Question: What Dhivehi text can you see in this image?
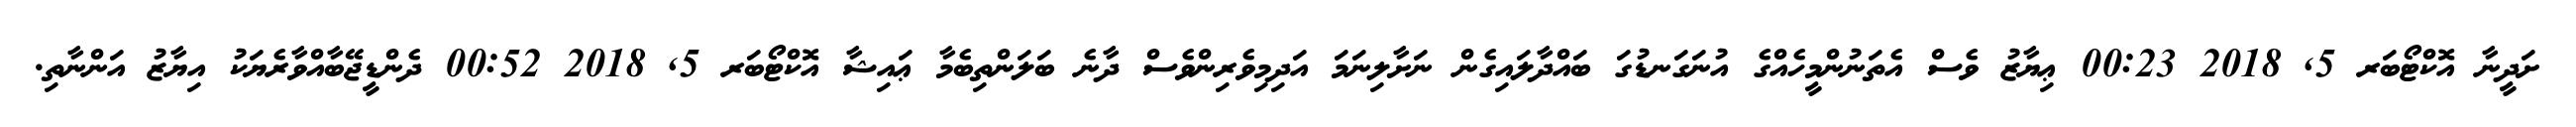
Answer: ށަދީނާ އޮކްޓޯބަރ 5, 2018 00:23 ޢިޔާޒު ވެސް އެތަނުންމީހެއްގެ އުނަގަނޑުގަ ބައްދާލައިގެން ނަށާލިނަމަ އަދިމިވެރިންވެސް ދާނެ ބަލަންތިބެމާ ޢައިޝާ އޮކްޓޯބަރ 5, 2018 00:52 ދެންޑީޖޭބާއްވާރެޔަކު އިޔާޒު އަންނާތި.